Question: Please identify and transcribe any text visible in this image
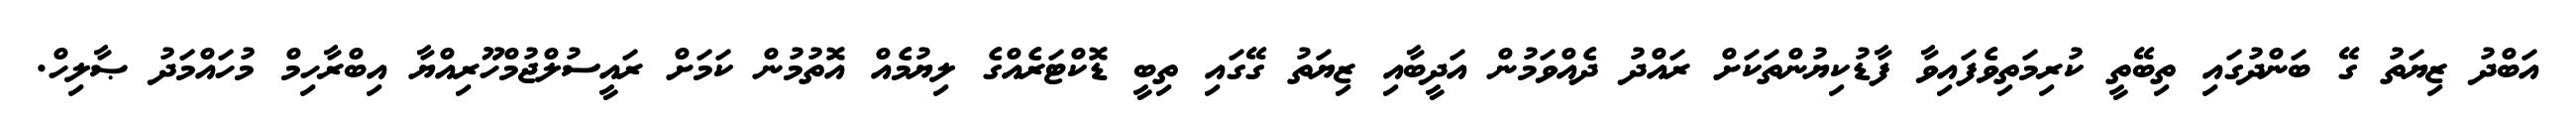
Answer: އަބްދު ޒިޔަތު ގޭ ބަންދުގައި ތިބޭތީ ކުރިމަތިވެފައިވާ ފާޑުކިޔުންތަކަށް ރައްދު ދެއްވަމުން އަދީބާއި ޒިޔަތު ގޭގައި ތިބީ ޑޮކްޓަރެއްގެ ލިޔުމެއް އޮތުމުން ކަމަށް ރައީސުލްޖުމްހޫރިއްޔާ އިބްރާހިމް މުހައްމަދު ޞާލިހް.